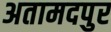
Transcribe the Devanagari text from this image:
अतामदपुर